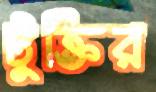
টুক্তির